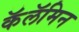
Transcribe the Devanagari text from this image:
कॅलॅमिन